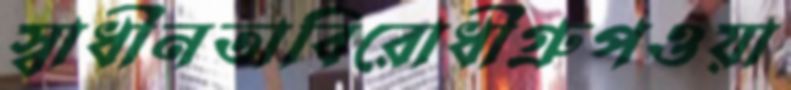
স্বাধীনতাবিরোধীগ্রুপওয়া